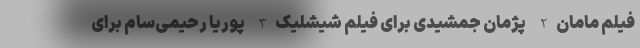
فیلم مامان 2- پژمان جمشیدی برای فیلم شیشلیک 3- پوریا رحیمی‌سام برای